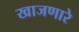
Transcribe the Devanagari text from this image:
खाजणारे